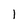
Character: I